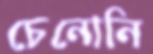
চেনোনি